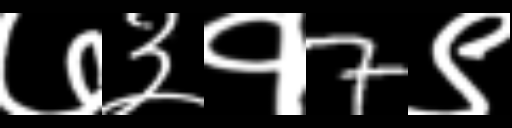
Text: ७३१7९